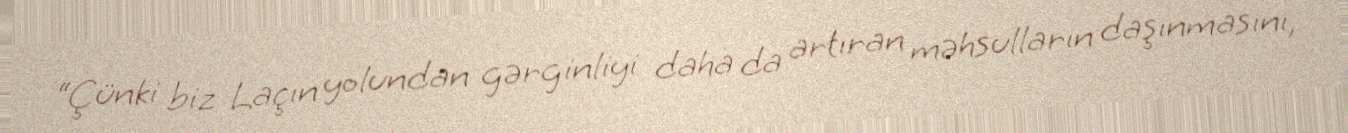
“Çünki biz Laçın yolundan gərginliyi daha da artıran məhsulların daşınmasını,